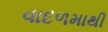
વાદળમાથી